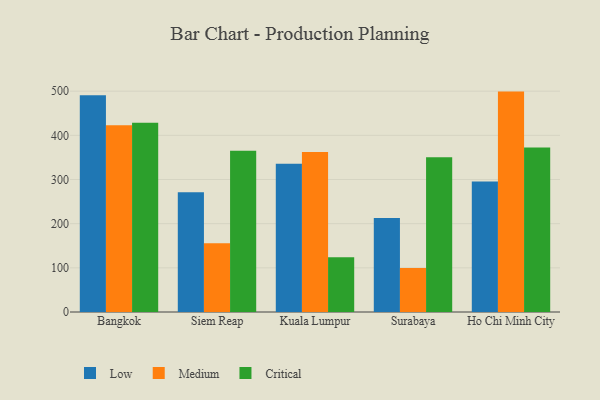
{"axis": {"x": "City", "y": "Energy Usage (MWh)"}, "legend": ["Critical", "Low", "Medium"], "data": [{"x": "Bangkok", "y": 491.0, "type": "Low"}, {"x": "Bangkok", "y": 422.6, "type": "Medium"}, {"x": "Bangkok", "y": 428.4, "type": "Critical"}, {"x": "Siem Reap", "y": 271.1, "type": "Low"}, {"x": "Siem Reap", "y": 155.8, "type": "Medium"}, {"x": "Siem Reap", "y": 365.0, "type": "Critical"}, {"x": "Kuala Lumpur", "y": 335.9, "type": "Low"}, {"x": "Kuala Lumpur", "y": 362.2, "type": "Medium"}, {"x": "Kuala Lumpur", "y": 123.8, "type": "Critical"}, {"x": "Surabaya", "y": 212.9, "type": "Low"}, {"x": "Surabaya", "y": 99.4, "type": "Medium"}, {"x": "Surabaya", "y": 350.1, "type": "Critical"}, {"x": "Ho Chi Minh City", "y": 295.3, "type": "Low"}, {"x": "Ho Chi Minh City", "y": 499.0, "type": "Medium"}, {"x": "Ho Chi Minh City", "y": 372.5, "type": "Critical"}]}